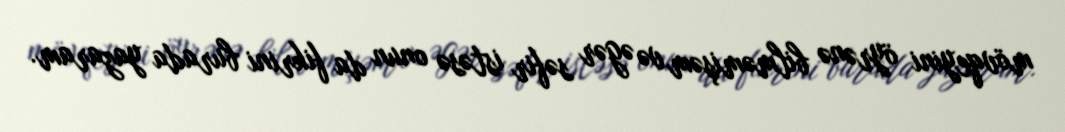
mövqeyini öyrənə bilməmişəm və əgər səfir istəsə onun da fikrini burada yazaram.